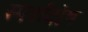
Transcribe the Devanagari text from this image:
स्पर्शदोष